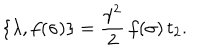
\{ \lambda , f ( \sigma ) \} = \frac { \gamma ^ { 2 } } { 2 } \, f ( \sigma ) \, t _ { 2 } .